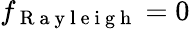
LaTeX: f_{\mathrm{~R~a~y~l~e~i~g~h~}}=0